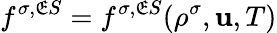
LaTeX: f^{\sigma,\mathfrak{E}S}=f^{\sigma,\mathfrak{E}S}(\rho^{\sigma},\mathbf{{u}},T)